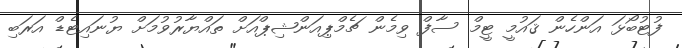
ފުޓުބޯޅަ އަންހެން ޤައުމީ ޓީމް ސާފް ވިމެން ޗެމްޕިއަންޝިޕްއަށް ތައްޔާރުވުމަށް ޔުނައިޓެޑް އަރަބި